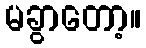
မခွာတော့။